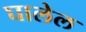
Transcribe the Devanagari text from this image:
घालेल